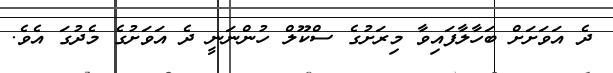
ދެ އަވަށަށް ބަހާލާފައިވާ މިރަށުގެ ސްކޫލް ހުންނަނީ ދެ އަވަށުގެ މެދުގަ އެވެ.